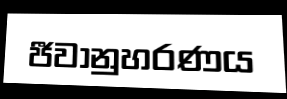
ජීවානුහරණය